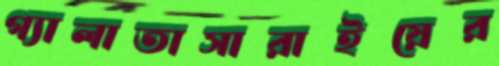
গ্যালাতাসারাইয়ের